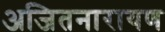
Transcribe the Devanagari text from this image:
अजितनारायण